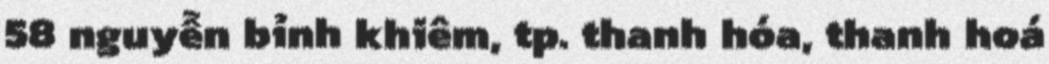
58 nguyễn bỉnh khiêm, tp. thanh hóa, thanh hoá